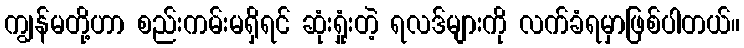
ကျွန်မတို့ဟာ စည်းကမ်းမရှိရင် ဆုံးရှုံးတဲ့ ရလဒ်များကို လက်ခံရမှာဖြစ်ပါတယ်။